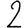
Digit: 2